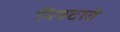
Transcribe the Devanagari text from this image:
निबटाते